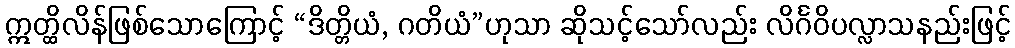
ဣတ္ထိလိန်ဖြစ်သောကြောင့် “ဒိတ္တိယံ, ဂတိယံ”ဟုသာ ဆိုသင့်သော်လည်း လိင်္ဂဝိပလ္လာသနည်းဖြင့်